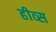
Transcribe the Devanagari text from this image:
हीव्स